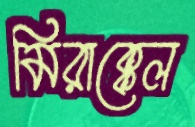
মিরাক্কেল